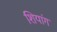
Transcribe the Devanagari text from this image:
शियांग